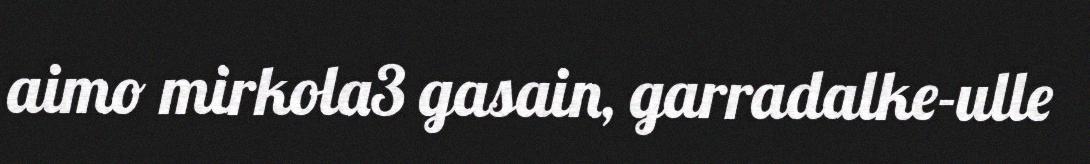
aimo mirkola3 gasain, garradalke-ulle